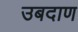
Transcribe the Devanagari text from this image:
उबदाण